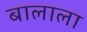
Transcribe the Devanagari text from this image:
बालाला